Lunatic asylums Punjab 1895-1910 - 1895-1910
Year: 1895
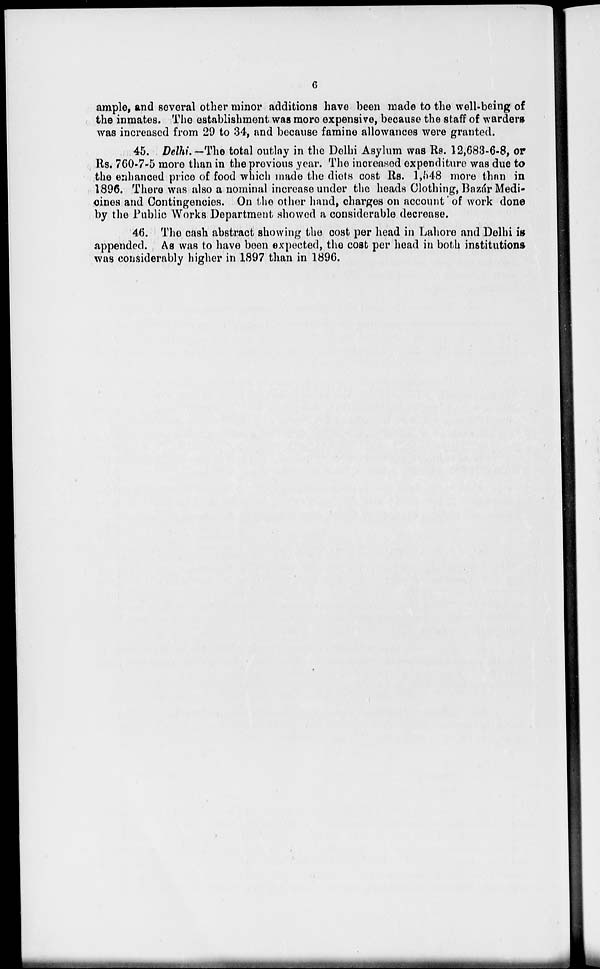
6
ample, and several other minor additions have been made to the well-being of
the inmates. The establishment was more expensive, because the staff of warders
was increased from 29 to 34, and because famine allowances were granted.
45. Delhi.-The total outlay in the Delhi Asylum was Rs. 12,683-6-8, or
Rs, 760-7-5 more than in the previous year. The increased expenditure was due to
the enhanced price of food which made the diets cost Rs. 1,548 more than in
1896. There was also a nominal increase under the heads Clothing, Bazár Medi-
cines and Contingencies. On the other hand, charges on account of work done
by the Public Works Department showed a considerable decrease.
46. The, cash abstract showing the cost per head in Lahore and Delhi in
appended. As was to have been expected, the cost per head in both institutions
was considerably higher in 1897 than in 1896.